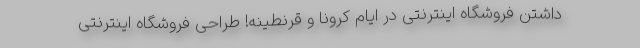
داشتن فروشگاه اینترنتی در ایام کرونا و قرنطینه! طراحی فروشگاه اینترنتی